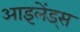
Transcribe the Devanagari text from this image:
आइलेंड्स